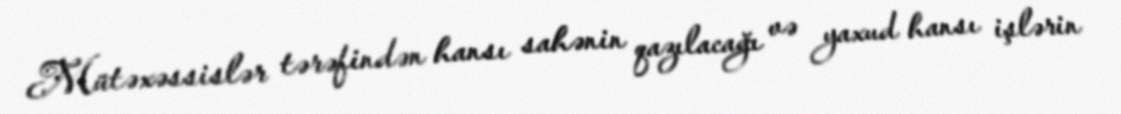
Mütəxəssislər tərəfindən hansı sahənin qazılacağı və yaxud hansı işlərin